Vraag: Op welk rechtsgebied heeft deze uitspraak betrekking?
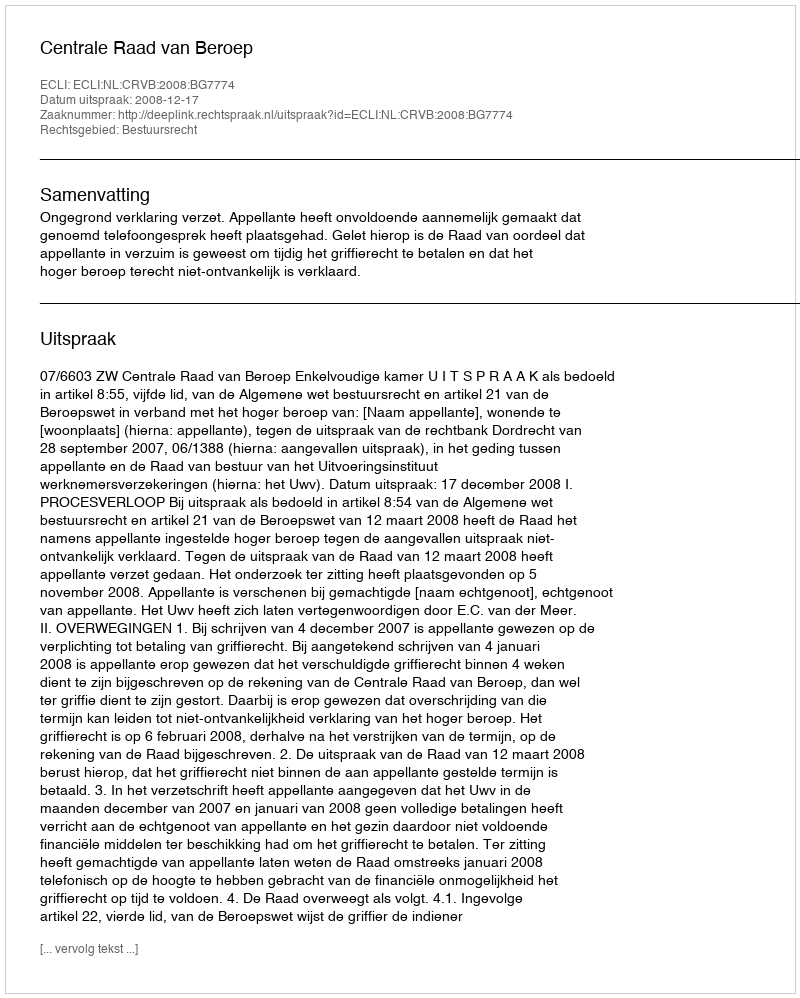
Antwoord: Bestuursrecht